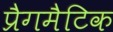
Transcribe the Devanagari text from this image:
प्रैगमैटिक